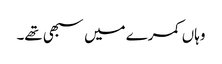
وہاں کمرے میں سبھی تھے۔